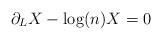
LaTeX: \begin{align*} \partial_L X - \log(n)X = 0\end{align*}